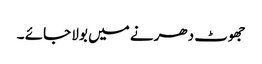
جھوٹ دھرنے میں بولا جائے ۔